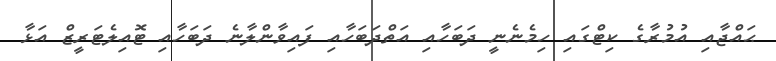
ޙައްޖާއި އުމުރާގެ ކިޓްގައި ހިމެނެނީ ދަބަހާއި އަތްދަބަހާއި ފައިވާންލާނެ ދަބަހާއި ޓޮއިލެޓަރީޒް އަޅާ